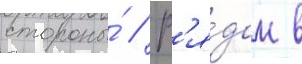
стороны́ // Р'я́дом в